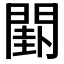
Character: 𨵗